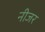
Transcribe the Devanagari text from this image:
नीजर